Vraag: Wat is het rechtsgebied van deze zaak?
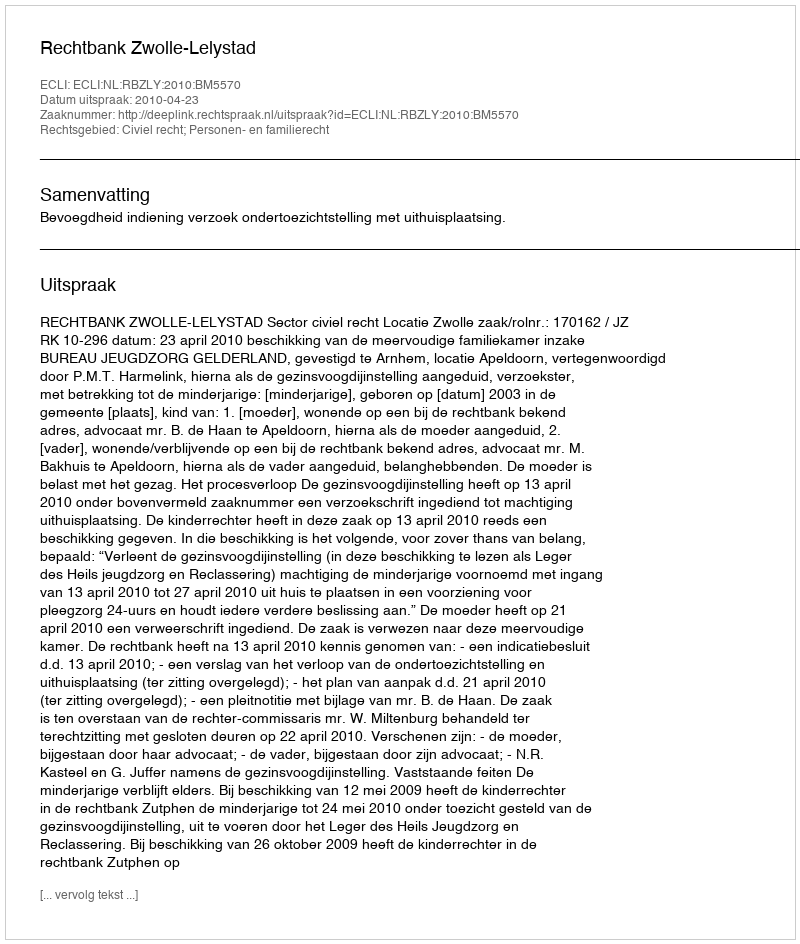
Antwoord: Civiel recht; Personen- en familierecht